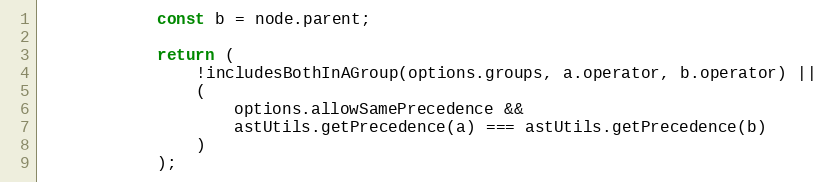
Language: JavaScript
            const b = node.parent;

            return (
                !includesBothInAGroup(options.groups, a.operator, b.operator) ||
                (
                    options.allowSamePrecedence &&
                    astUtils.getPrecedence(a) === astUtils.getPrecedence(b)
                )
            );